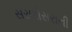
સરણોસરાની